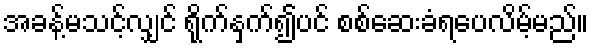
အခန့်မသင့်လျှင် ရိုက်နှက်၍ပင် စစ်ဆေးခံရပေလိမ့်မည်။